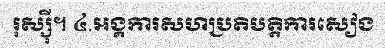
រុស្ស៊ី។ ៤.អង្គការសហប្រតិបត្តិការសៀង